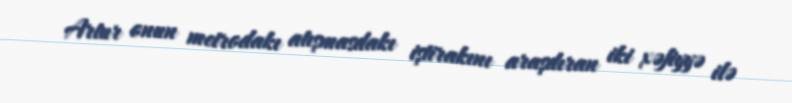
Artur onun metrodakı atışmasdakı iştirakını araşdıran iki xəfiyyə ilə